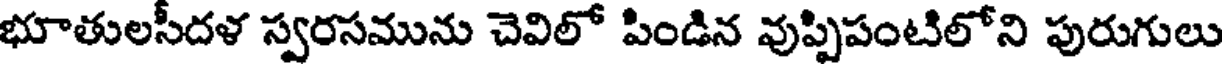
భూతులసీదళ స్వరసమును చెవిలో పిండిన వుప్పిపంటిలోని పురుగులు